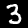
Digit: 3